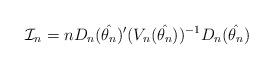
LaTeX: \begin{align*}\mathcal{I}_n=nD_n(\hat{\theta_{n}})'(V_n(\hat{\theta_{n}}))^{-1}D_n(\hat{\theta_{n}})\end{align*}